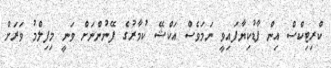
ކްރިޓިކްސް އިން ފާޑުކިޔާފައިވީ ނަމަވެސް އަކްޝޭ ކުމާރުގެ ފޭނުންނަށް ވަނީ މިފިލްމު ވަރަށް